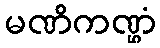
မဏိကဏ္ဌံ